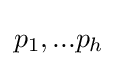
p_{1},...p_{h}